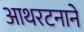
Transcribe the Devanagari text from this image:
आथरटनाने